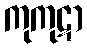
ကုကုဋာ